Vaccination in Bombay 1863-1868 - 1863-1868
Year: 1863
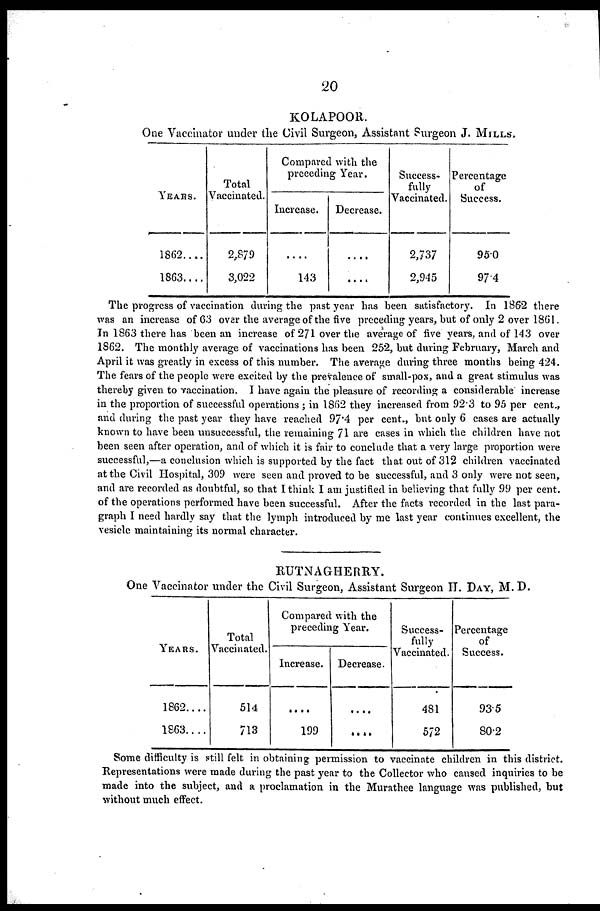
20
KOLAPOOR.
One Vaccinator under the Civil Surgeon, Assistant Surgeon J. MILLS,
YEARS.
1862....
1863....
Total
Vaccinated.
2,879
3,022
Compared with the
preceding Year.
Increase.
....
143
Decrease.
....
....
Success-
fully
Vaccinated.
2,737
2,945
Percentage
of
Success.
95.0
97.4
The progress of vaccination during the past year has been satisfactory. In 1862 there
was an increase of 63 over the average of the five preceding years, but of only 2 over 1861.
In 1863 there has been an increase of 271 over the average of five years, and of 143 over
1862. The monthly average of vaccinations has been 252, but during February, March and
April it was greatly in excess of this number. The average during three months being 424.
The fears of the people were excited by the prevalence of small-pox, and a great stimulus was
thereby given to vaccination. I have again the pleasure of recording a considerable increase
in the proportion of successful operations ; in 1862 they increased from 92.3 to 95 per cent.,
and during the past year they have reached 97.4 per cent., but only 6 cases are actually
known to have been unsuccessful, the remaining 71 are cases in which the children have not
been seen after operation, and of which it is fair to conclude that a very large proportion were
successful,—a conclusion which is supported by the fact that out of 312 children vaccinated
at the Civil Hospital, 309 were seen and proved to be successful, and 3 only were not seen,
and are recorded as doubtful, so that I think I am justified in believing that fully 99 per cent.
of the operations performed have been successful. After the facts recorded in the last para-
graph I need hardly say that the lymph introduced by me last year continues excellent, the
vesicle maintaining its normal character.
RUTNAGHERRY.
One Vaccinator under the Civil Surgeon, Assistant Surgeon H. DAY, M. D.
YEARS.
1862....
1863.. ..
Total
Vaccinated.
514
713
Compared with the
preceding Year.
Increase.
....
199
Decrease.
....
....
Success-
fully
Vaccinated.
481
572
Percentage
of
Success.
93.5
80.2
Some difficulty is still felt in obtaining permission to vaccinate children in this district.
Representations were made during the past year to the Collector who caused inquiries to be
made into the subject, and a proclamation in the Murathee language was published, but
without much effect.